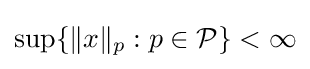
\sup\{\|x\|_{p}:p\in {\mathcal {P}}\}<\infty